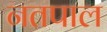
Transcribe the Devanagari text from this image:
नतपाल